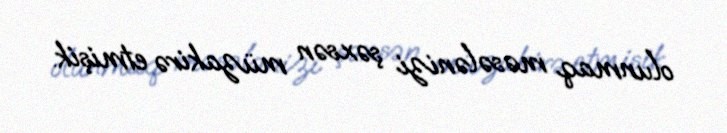
olunmaq məsələnizi şəxsən müzakirə etmişik.